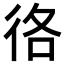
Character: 𢓜